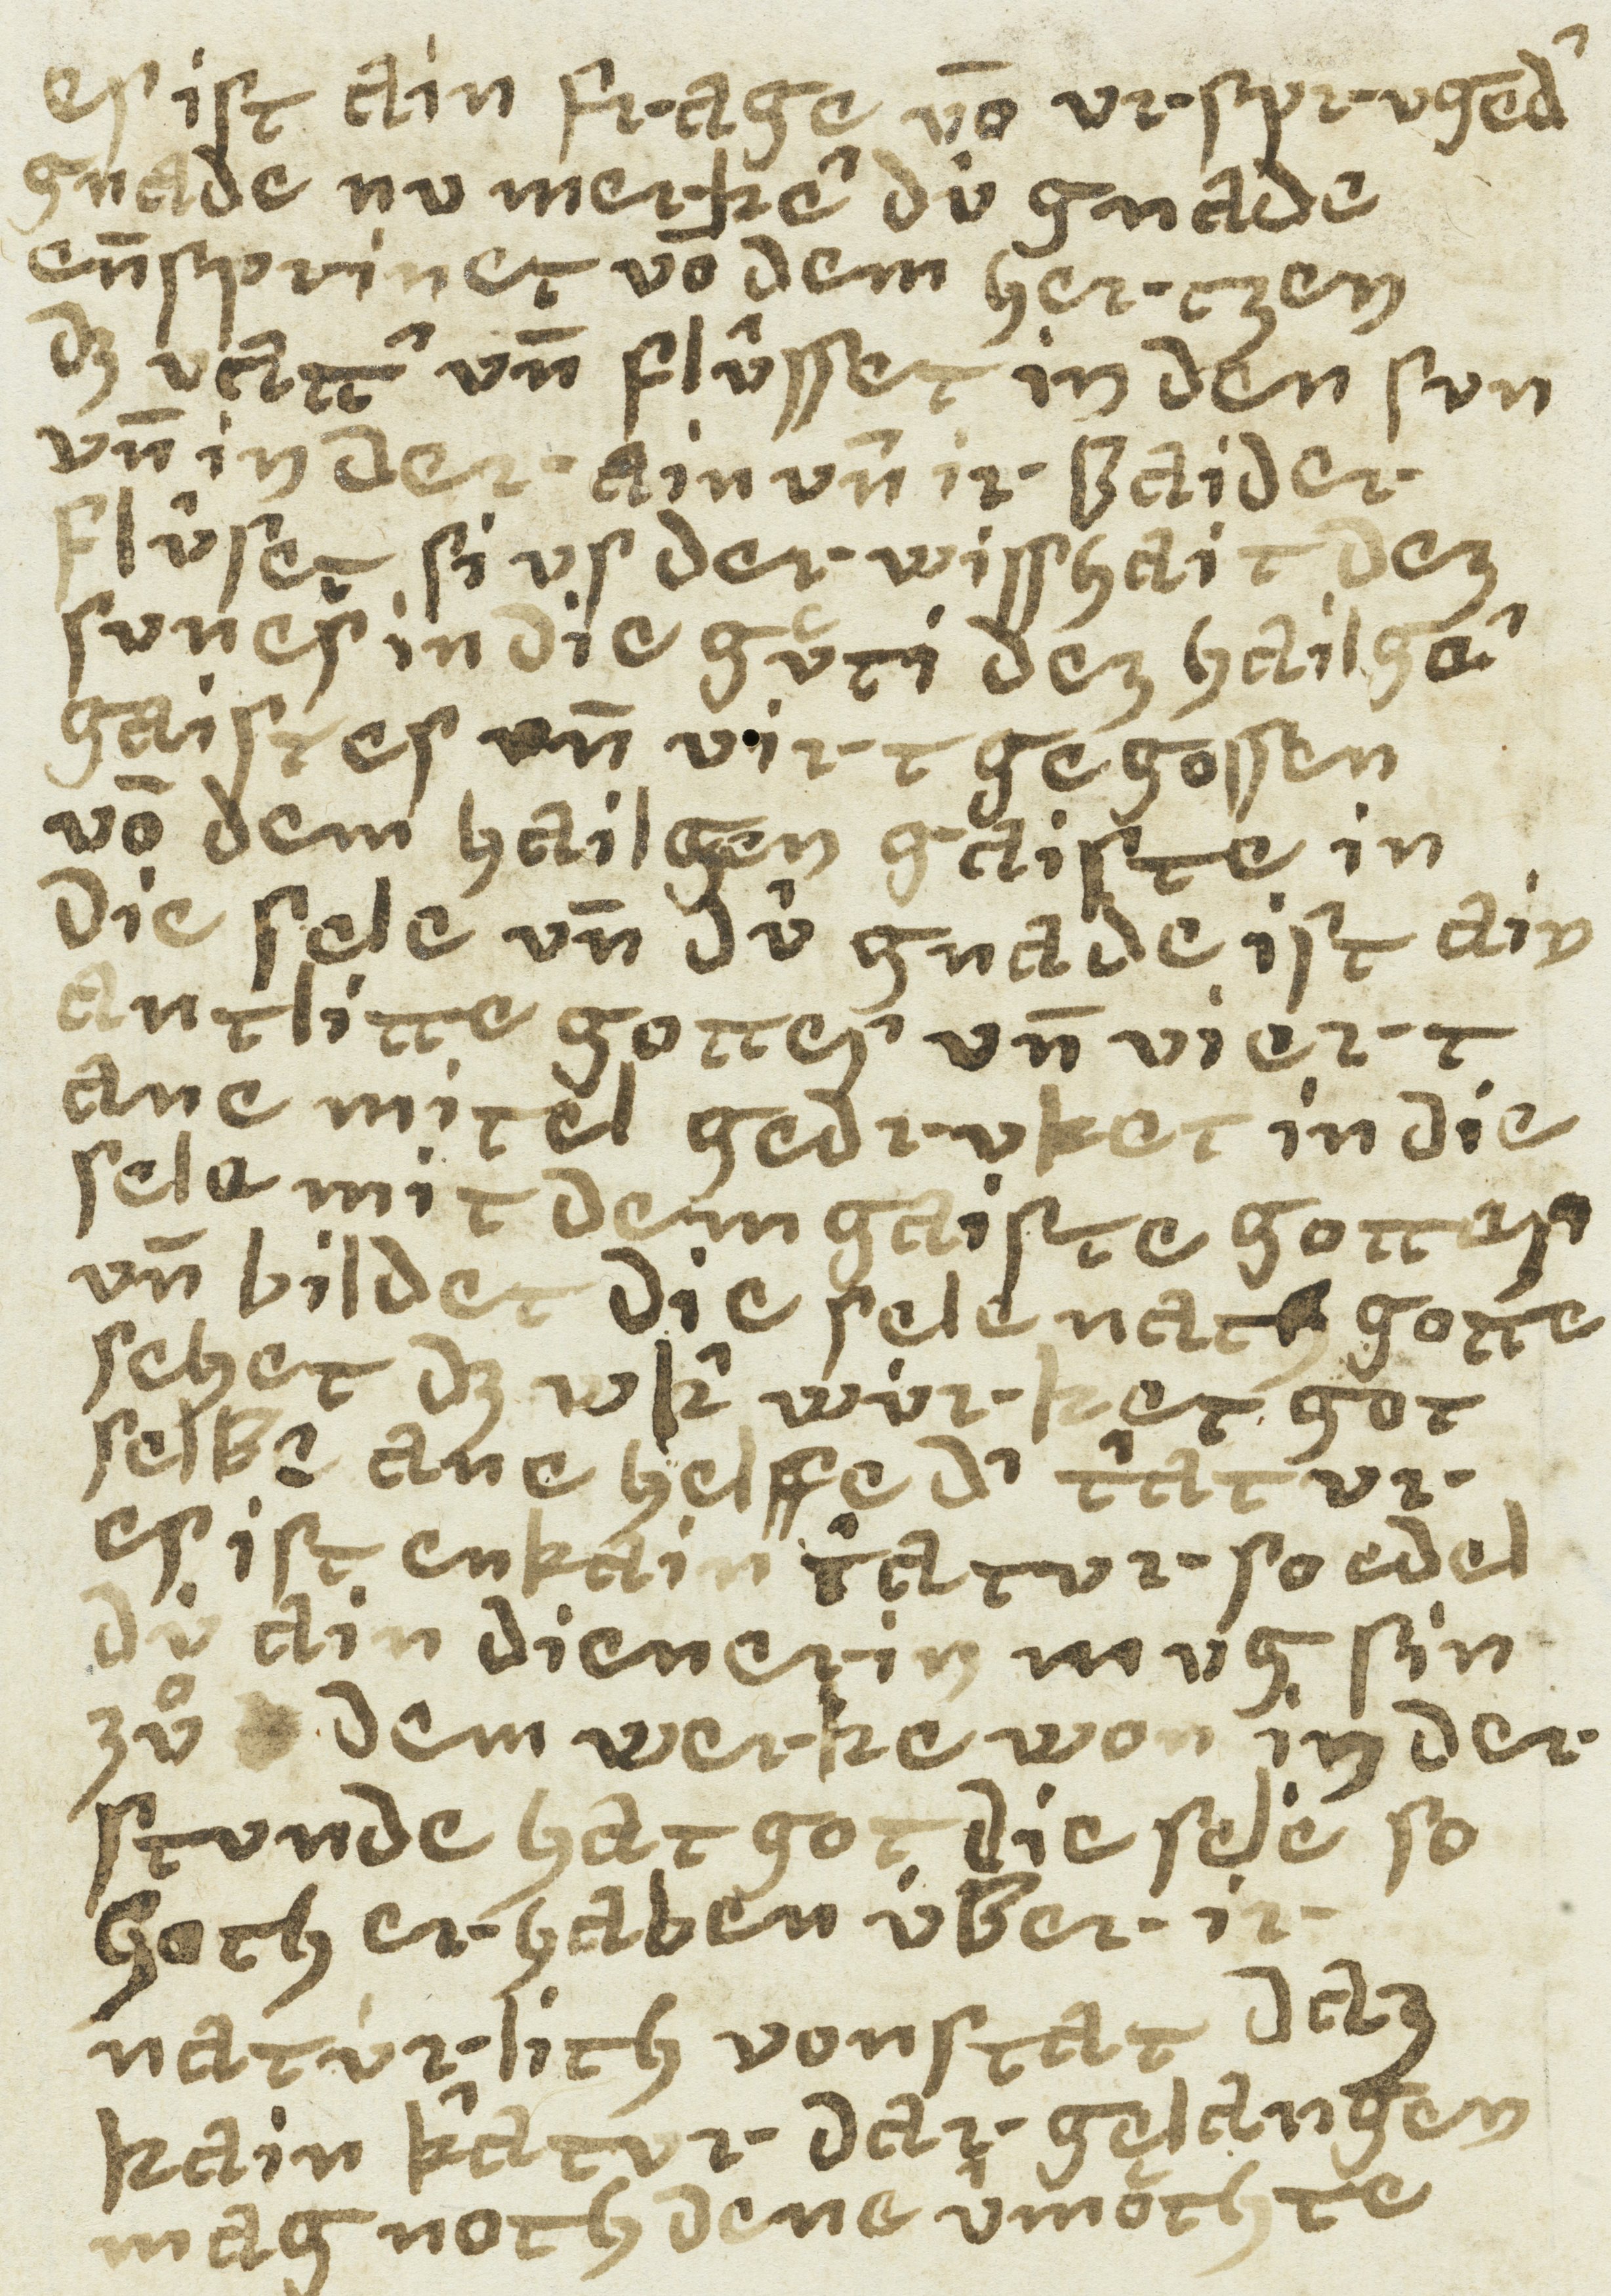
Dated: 1433–1499